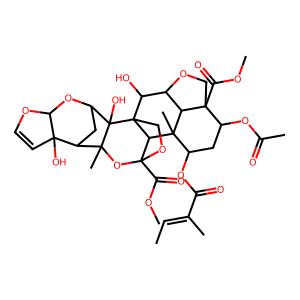
SMILES: CC=C(C)C(=O)OC1CC(OC(C)=O)C2(C(=O)OC)COC3C2C1(C)C1C2(C(=O)OC)OCC1(C3O)C1(O)C3CC(C4(O)C=COC4O3)C1(C)O2
Inhibits HIV replication: No